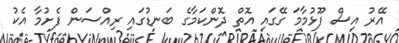
އޭރު އިސް ފޫޅުމާމަ ގޭގައި އޮތް ދޮންކަމާގެ ބަނޑުގައި ރިއްސަން ފެށުމާ އެކު